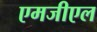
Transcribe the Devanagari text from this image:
एमजीएल